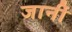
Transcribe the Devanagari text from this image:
जानीं